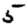
Digit: 5